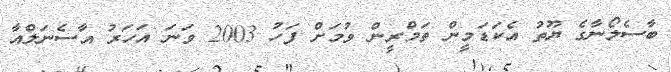
ބާސެލޯނާގެ ޔޫތު އެކަޑަމީން ތަމްރީން ވުމަށް ފަހު 2003 ވަނަ އަހަރު އާސެނަލްއާ